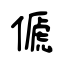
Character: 傂